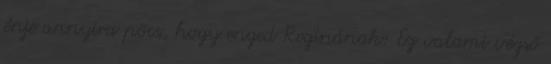
énje annyira pöcs, hogy enged Reginának: Ez valami végső